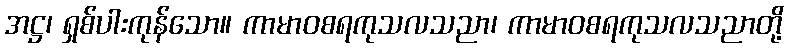
အဋ္ဌ၊ ရှစ်ပါးကုန်သော။ ကာမာဝစရကုသလသညာ၊ ကာမာဝစရကုသလသညာတို့